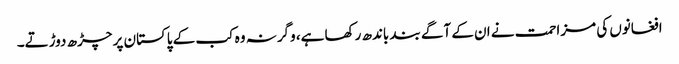
افغانوں کی مزاحمت نے ان کے آگے بند باندھ رکھا ہے، وگرنہ وہ کب کے پاکستان پر چڑھ دوڑتے۔